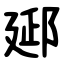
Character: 郔